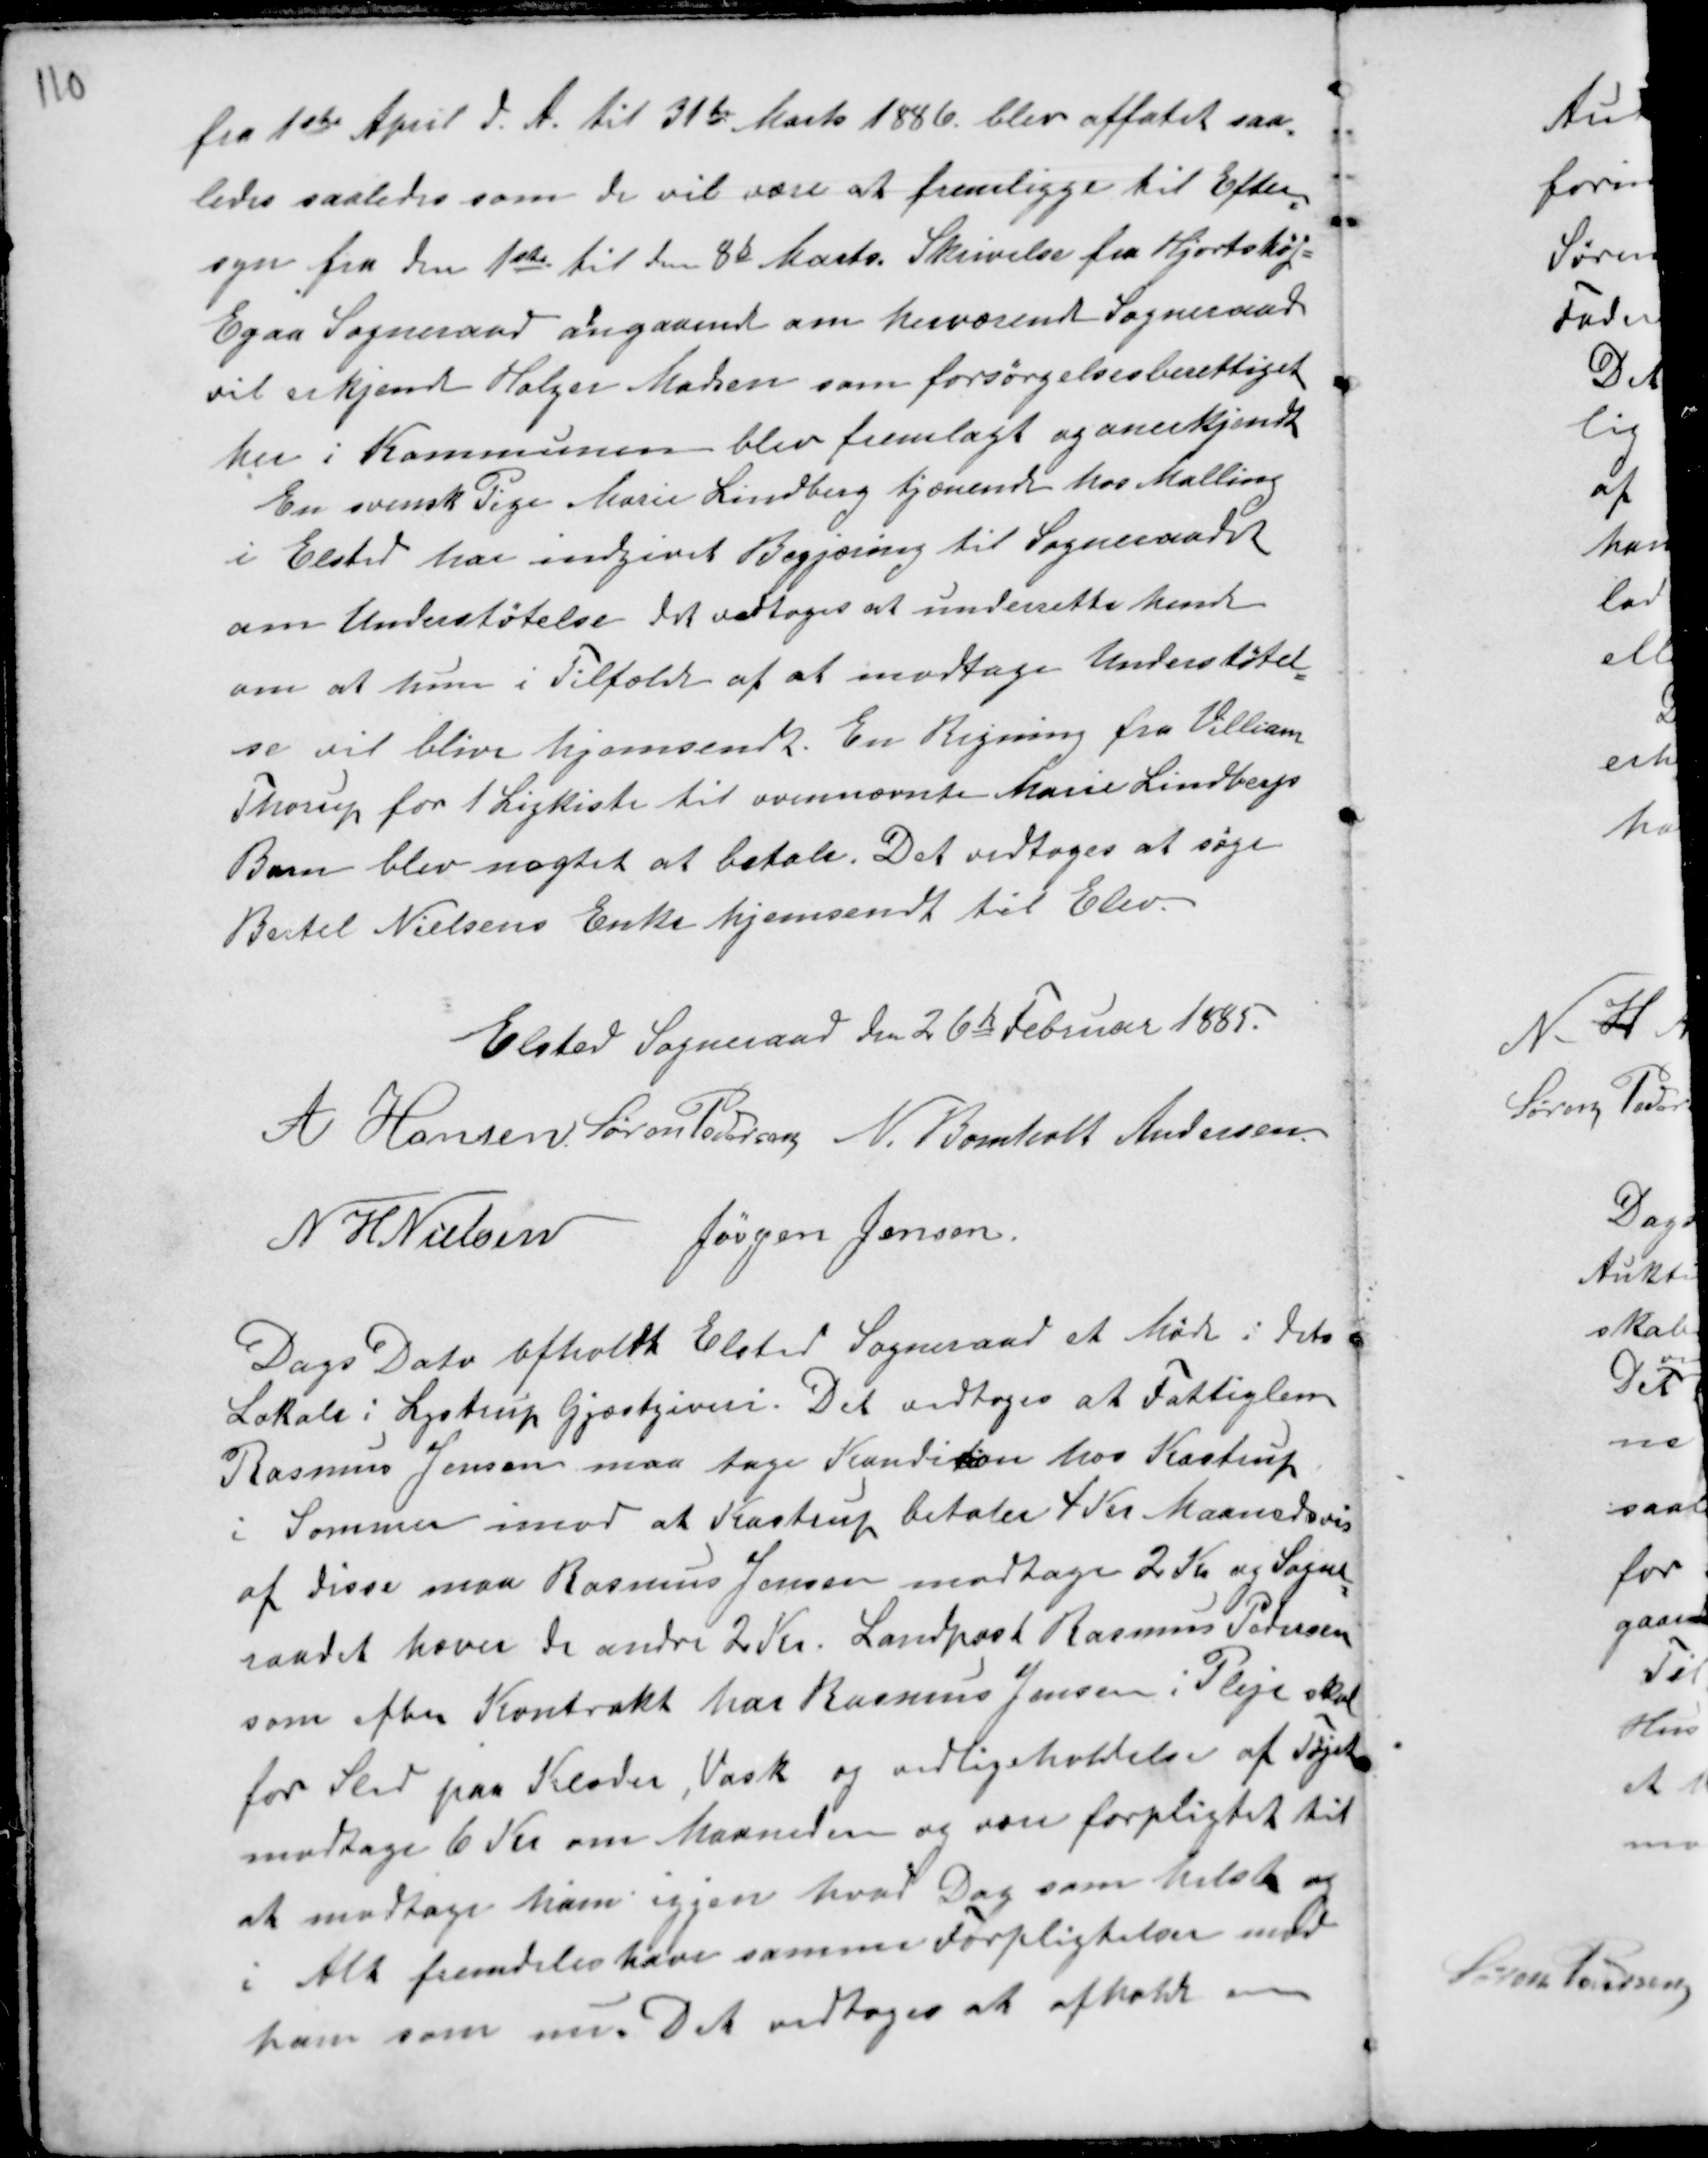
Transskription:
fra 1ste April d. A. til 31te Marts 1886 blev affattet saa-
ledes som de vil være at fremligge til Efter-
syn fra den 1ste til den 8de Marts. Skrivelse fra Hjortshøj -
Egaa Sogneraad angaaende om herværende Sogneraad
vil erkjende Holger Madsen som forsørgelsesberettiget
her i Kommunen blev fremlagt og anerkjendt
En svensk Pige Marie Lindberg tjænende hos Malling
i Elsted har indgivet Begjæring til Sogneraadet
om Understøtelse det vedtoges at underrette hende
om at hun i Tilfælde af at modtage Understøtel-
se vil blive hjemsendt. En Regning fra Villiam
Thorup for 1 Ligkiste til ovennævnte Marie Lindbergs
Barn blev nægtet at betale. Det vedtoges at søge
Bertel Nielsens Enke hjemsendt til Elev.

Elsted Sogneraad den 26de Februar 1885.
A Hansen Søren Pedersen N. Bomholt Andersen.
N H Nielsen Jørgen Jensen.

Dags Dato afholdt Elsted Sogneraad et Møde i dets
Lokale i Lystrup Gjæstgiveri. Det vedtoges at Fattiglem
Rasmus Jensen maa tage Kondition hos Kastrup
i Sommer imod at Kastrup betaler 4 Kr Maanedsvis
af disse maa Rasmus Jensen modtage 2 Kr og Sogne-
raadet hæver de andre 2 Kr. Landpost Rasmus Pedersen
som efter Kontrakt har Rasmus Jensen i Pleje skal
for Slid paa Klæder, Vask og vedligeholdelse af Tøjet
modtage 6 Kr om Maaneden og være forpligtet til
at modtage ham igjen hvad Dag som helst og
i Alt fremdeles have samme Forligtelser mod
ham som nu. Det vedtoges at afholde en